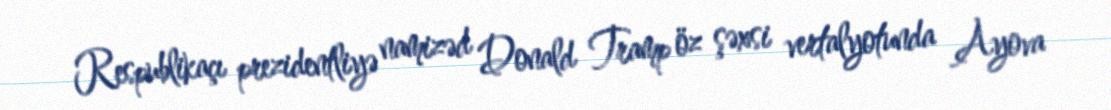
Respublikaçı prezidentliyə namizəd Donald Tramp öz şəxsi vertalyotunda Ayova